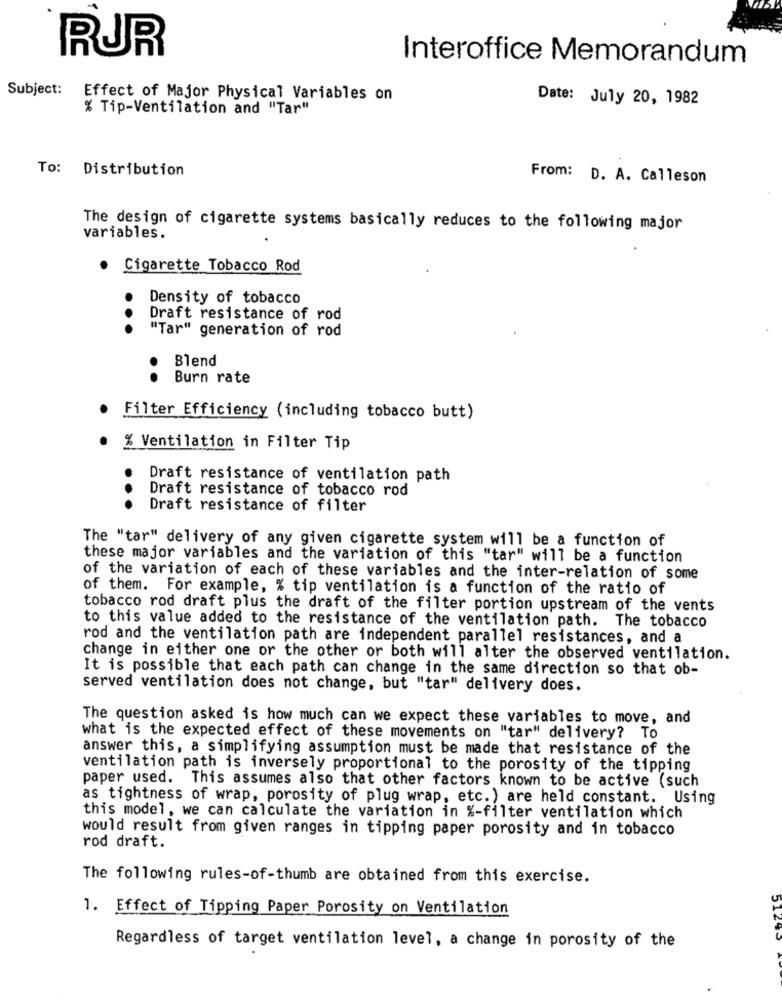
RUR
Interoffice Memorandum
Subject:
Effect of Major Physical Variables on
Date: July 20, 1982
% Tip-Ventilation and "Tar"
To: Distribution
From: D. A. Calleson
The design of cigarette systems basically reduces to the following major
variables.
Cigarette Tobacco Rod
Density of tobacco
.
Draft resistance of rod
"Tar" generation of rod
Blend
..
Burn rate
Filter Efficiency (including tobacco butt)
% Ventilation in Filter Tip
Draft resistance of ventilation path
Draft resistance of tobacco rod
...
Draft resistance of filter
The "tar" delivery of any given cigarette system will be a function of
these major variables and the variation of this "tar" will be a function
of the variation of each of these variables and the inter-relation of some
of them. For example, % tip ventilation is a function of the ratio of
tobacco rod draft plus the draft of the filter portion upstream of the vents
to this value added to the resistance of the ventilation path. The tobacco
rod and the ventilation path are independent parallel resistances, and a
change in either one or the other or both will alter the observed ventilation.
It is possible that each path can change in the same direction so that ob-
served ventilation does not change, but "tar" delivery does.
The question asked is how much can we expect these variables to move, and
what is the expected effect of these movements on "tar" delivery? To
answer this, a simplifying assumption must be made that resistance of the
ventilation path is inversely proportional to the porosity of the tipping
paper used. This assumes also that other factors known to be active (such
as tightness of wrap, porosity of plug wrap, etc. ) are held constant. Using
this model, we can calculate the variation in %-filter ventilation which
would result from given ranges in tipping paper porosity and in tobacco
rod draft.
The following rules-of-thumb are obtained from this exercise.
C$7TC
1. Effect of Tipping Paper Porosity on Ventilation
Regardless of target ventilation level, a change in porosity of the